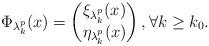
LaTeX: \begin{align*}\Phi_{\lambda^p_k}(x) = \begin{pmatrix}\xi_{\lambda^p_k}(x) \\ \eta_{\lambda^p_k}(x)\end{pmatrix}, \forall k\geq k_0. \end{align*}